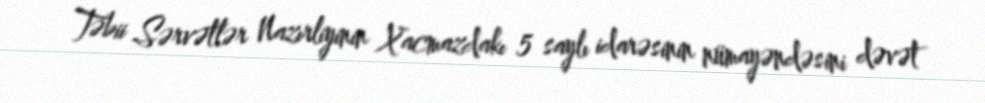
Təbii Sərvətlər Nazırliyinin Xacmazdakı 5 saylı idarəsinin nümayəndəsini dəvət